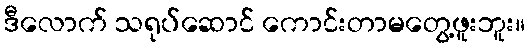
ဒီလောက် သရုပ်ဆောင် ကောင်းတာမတွေ့ဖူးဘူး။